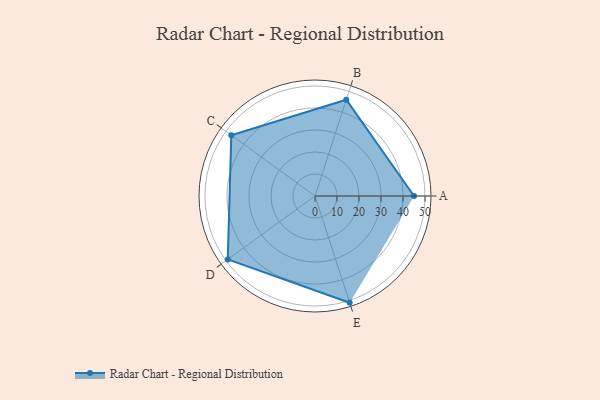
{"axis": {"x": "Skill", "y": "Score"}, "legend": ["Profile"], "data": [{"x": "A", "y": 45.0, "type": "Profile"}, {"x": "B", "y": 46.0, "type": "Profile"}, {"x": "C", "y": 47.0, "type": "Profile"}, {"x": "D", "y": 49.0, "type": "Profile"}, {"x": "E", "y": 51.0, "type": "Profile"}]}